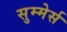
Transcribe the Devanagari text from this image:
सुम्मेर्स